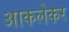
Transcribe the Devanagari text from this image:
आकलेकर